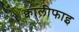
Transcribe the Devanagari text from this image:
क्वालीफाइ